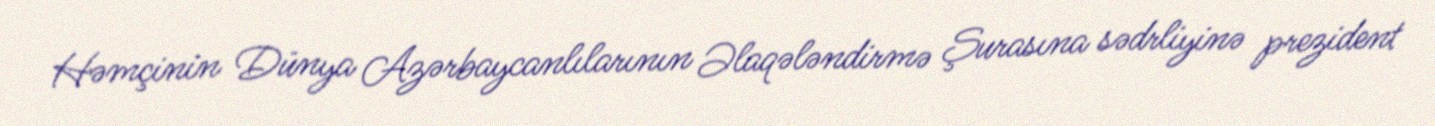
Həmçinin Dünya Azərbaycanlılarının Əlaqələndirmə Şurasına sədrliyinə prezident